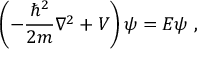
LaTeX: \left( - { \frac { \hbar ^ { 2 } } { 2 m } } \nabla ^ { 2 } + V \right) \psi = E \psi ~ ,